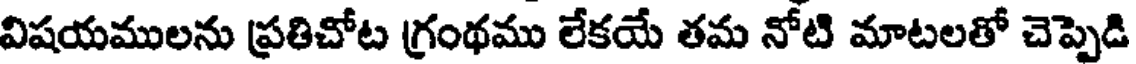
విషయములను ప్రతిచోట గ్రంథము లేకయే తమ నోటి మాటలతో చెప్పెడి